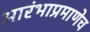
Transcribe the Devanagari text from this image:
आरंभाप्रमाणेच